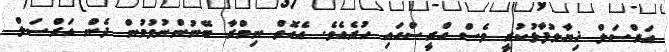
އަރްސަލް ޚިޔާލުފާޅުކުރީ ވެސް ގްރީސްގައި ހުރެއެވެ. އެގޮތް ނިމްރާ ބޭނުންނުވުމުން ދެން އަރްސަލް